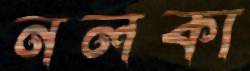
নলকা